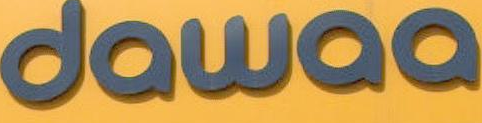
dawaa